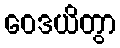
ဝေဒယိတွာ